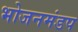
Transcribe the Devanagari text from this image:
भोजनमंडप